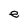
Character: e